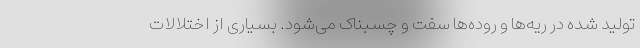
تولید شده در ریه‌ها و روده‌ها سفت و چسبناک می‌شود. بسیاری از اختلالات